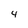
Character: 4